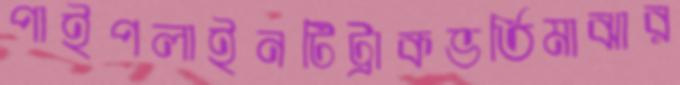
পাইপলাইনটিট্রাকভর্তিমাঝার